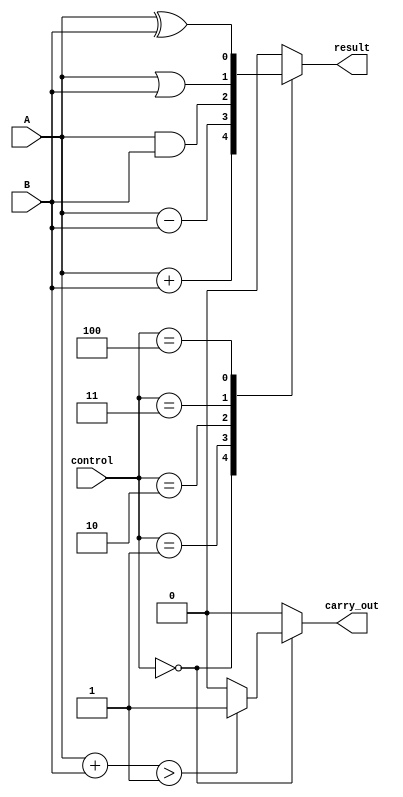
module ALU(input wire A, input wire B, input wire [2:0] control, output reg result, output reg carry_out);

always @(*)
begin
  case(control)
    3'b000: begin // Addition operation
      result = A + B;
      carry_out = (A + B) > 1 ? 1 : 0;
    end
    3'b001: begin // Subtraction operation
      result = A - B;
      carry_out = 0;
    end
    3'b010: begin // AND operation
      result = A & B;
      carry_out = 0;
    end
    3'b011: begin // OR operation
      result = A | B;
      carry_out = 0;
    end
    3'b100: begin // XOR operation
      result = A ^ B;
      carry_out = 0;
    end
    default: begin
      result = 1'b0;
      carry_out = 0;
    end
  endcase
end

endmodule